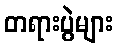
တရားပွဲများ